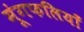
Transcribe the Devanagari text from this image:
मूंगफलियाँ